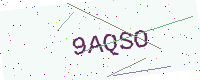
Text: 9AQSO